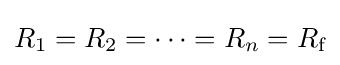
R_{1}=R_{2}=\cdots =R_{n}=R_{\text{f}}